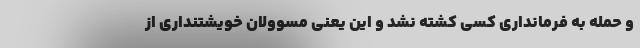
و حمله به فرمانداری کسی کشته نشد و این یعنی مسوولان خویشتنداری از